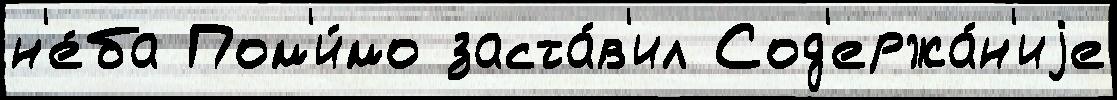
н'е́ба Пом'и́мо заста́в'ил Сод'ержа́н'иjе